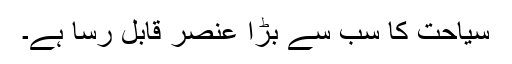
سیاحت کا سب سے بڑا عنصر قابل رسا ہے۔